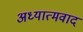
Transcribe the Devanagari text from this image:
अध्‍यात्‍मवाद